Calcutta medical institutions reports 1871-78
Year: 1871
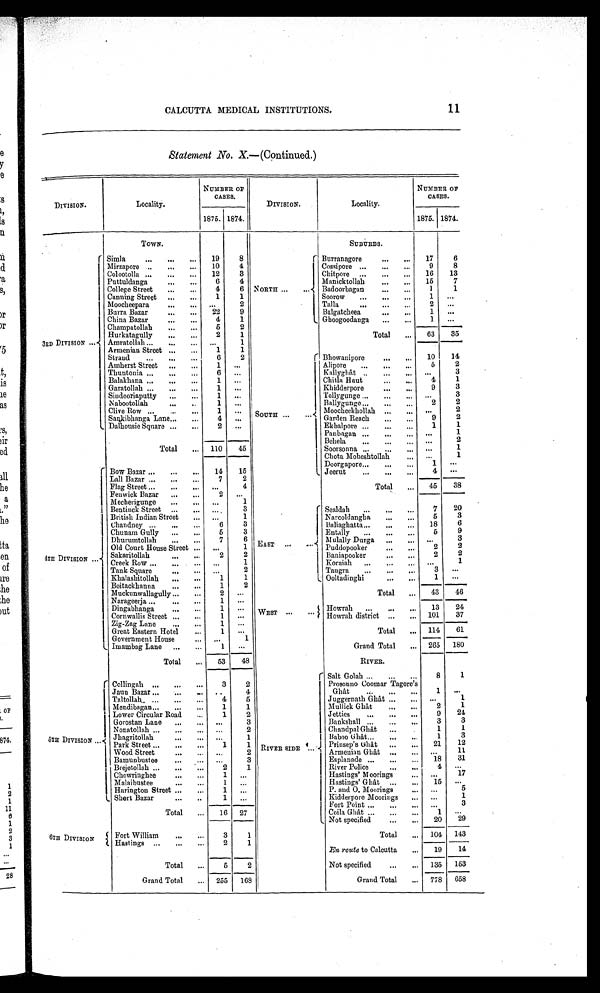
CALCUTTA MEDICAL INSTITUTIONS. 11
Statements No. X.—(Continued.)
DI VI SI ON.
Locality.
NUMBER OF
CASES.
DIVISION.
Locality.
NUMBER
OF CASES.
1875. 1874.
1875. 1874.
TOWN.
SUBURBS.
3 R D D I V I S I O N Simla
19
8
NORTH
Burranagore
17
6
Mirzapore
1 0 4
Cossipore
9
8
Colootolla
1 2
3
Chitpore
16 13
Puttuldanga
6
4
Manicktollah
15
7
College Street
4
6
Badoorbagan
1
1
Canning Street
1
1
Soorow
1
. . .
Moocheepara
. . .
2
Talla
2
. . .
Bur r a Ba z a r
2 2
9
Balgatcheea
1
. . .
China Bazar
4
1
Ghoogoodanga
1
. . .
Champatollah
5
2
Total
63
35
Hurkatagully
2
1
Amratollah
. . .
1
SOUTH
Bhowanipore
10
Armenian Street
1
1
Strand
6
2
Amherst Street
1
. . .
Alipore
5
2
Thuntonia
6
. . .
Kallyghât
. . . 3
Balakhana
1
. . .
Chitla Haut
4
1
Garatollah
1
. . .
Khidderpore
9
3
Sindooriaputty
1
. . .
Tollygunge
...
Nabootollah
1
. . .
Ballygunge
2
2
Clive Row
1
. . .
Moocheekhollah
...
2
Sankibhanga Lane
4 . . .
Garden Reach
9
2
Dalhousie Square
2
. . .
Ekbalpore
1
1
T o t a l 110
45
Panbagan
...
1
Behela
. . .
2
Soorsonna
. . .
1
Chota Moheshtollah
. . .
1
.
4 TH
DIVISION
Bow Bazar
1 4
1 5
Doorgapore
1
. . .
L a l l B a z a r
7
2
Jeerut
4
. . .
Flag Street
. . .
4
Total
45
38
Fenwick Bazar
2
. . .
Mecherigunge
. . .
1
E AS T
Sealdah
7
20
Bentinck Street
. . .
3
British Indian Street
. . .
1
Chandney
6
3
Narcoldangha
5
3
Chunam Gully
5
3
Baliaghatta
18
6
Dhurumtollah
7
6
Entally
5
9
Old Court House Street
...
1
Mulally Durga
. . . 3
Sakaritollah
2
2
Puddopooker
2
2
Creek Row
...
1
Baniapooker
2
2
Tank Square
. . .
2
Koraiah
. . .
1
Khalashitollah
1
1
Taugra
3
. . .
Boitackhanna
1
2
Ooltadinghi
1
. . .
Muckunwallagully
2
. . .
Total
43
46
Narageerja
1
. . .
WEST
Howrah 13
24
Dingabhanga
1 ...
Howrah district 101
3 7
Cornwallis Street
1 ...
Total
114
61
Zig-Zag Lane
Great Eastern Hotel
Government House
Imambag Lane
1 1 . . .
1
. . .
. . .
1 . . .
Grand Total
265 180
T o t a l
5 3 48
RIVER.
5 T H D I V I S I O N .
Collingah
3
2
RIVER SIDE
Salt Golah
8
1
Jaun Bazar
. . .
4
Prsonno Coomar Tagore's
Ghât
1
. . .
Taltollah
4
5
Mendibagan
1
1
Juggernath Ghat
. . .
1
Lower Circular Road
1
2
Mullick Ghât
2
1
Gorostan Lane
. . .
3
Jetties
9
24
Nonatollah
. . .
2
Bankshall
3
3
J ha gr i t ol l a h
. . .
1
Chandpal Ghât
1
1
Park Street
1
1
Baboo Ghât
1
3
Wood Street
. . .
2
Prinsep's Ghât
21
1 2
Bamunbustee
. . .
3
Armenian Ghât
. . .
1 1
Brejetollah
2
1
Esplanade
18
31
Ch o wr i n g h e e
1
. . .
River Police
4
. . .
Malaibustee
1
. . .
Hastings' Moorings
. . .
1 7
H a r i n g t o n S t r e e t 1
. . .
Hastings' Ghât
15
. . .
Short Bazar
1
. . .
P. and O. Moorings
. . .
5
Kidderpore Moorings
. . .
1
T o t a l
1 6
2 7
Fort Point
. . .
3
Coila Ghât
1
. . .
Not specified
20
29
6TH DIVISION
Fort William
3
1
Total
104 143
Hastings
2
1
!
En route to Calcutta
19
14
Total
5
2
Not specified
135 153
Grand Total
2 5 5 168
Grand Total
778 658